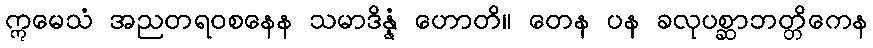
ဣမေသံ အညတရဝစနေန သမာဒိန္နံ ဟောတိ။ တေန ပန ခလုပစ္ဆာဘတ္တိကေန